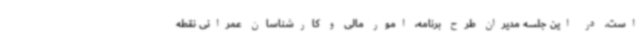
است. در این جلسه مدیران طرح برنامه، امور مالی و کارشناسان عمرانی نقطه